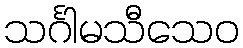
သင်္ဂါမသီသေဝ